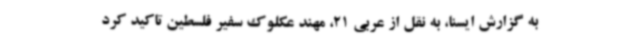
به گزارش ایسنا، به نقل از عربی 21، مهند عکلوک سفیر فلسطین تاکید کرد